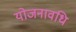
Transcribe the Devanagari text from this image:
योजनावधि